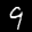
Label: 9